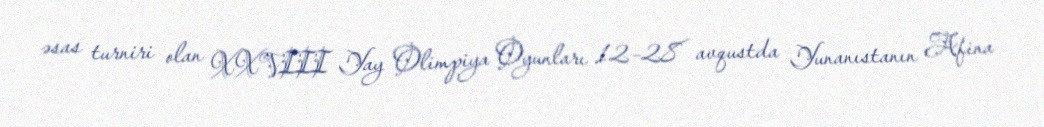
əsas turniri olan XXVIII Yay Olimpiya Oyunları 12–28 avqustda Yunanıstanın Afina